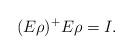
LaTeX: \begin{align*}(E\rho)^+E\rho=I.\end{align*}